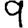
Digit: 9